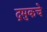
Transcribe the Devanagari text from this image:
द्रमुकचे